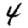
Digit: 4